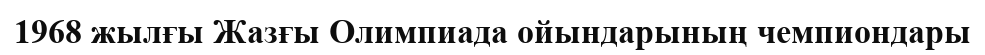
1968 жылғы Жазғы Олимпиада ойындарының чемпиондары